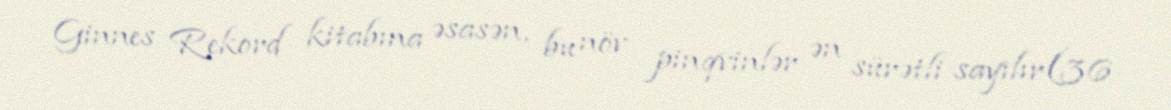
Ginnes Rekord kitabına əsasən, bu növ pinqvinlər ən sürətli sayılır(36